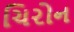
ચિરોન